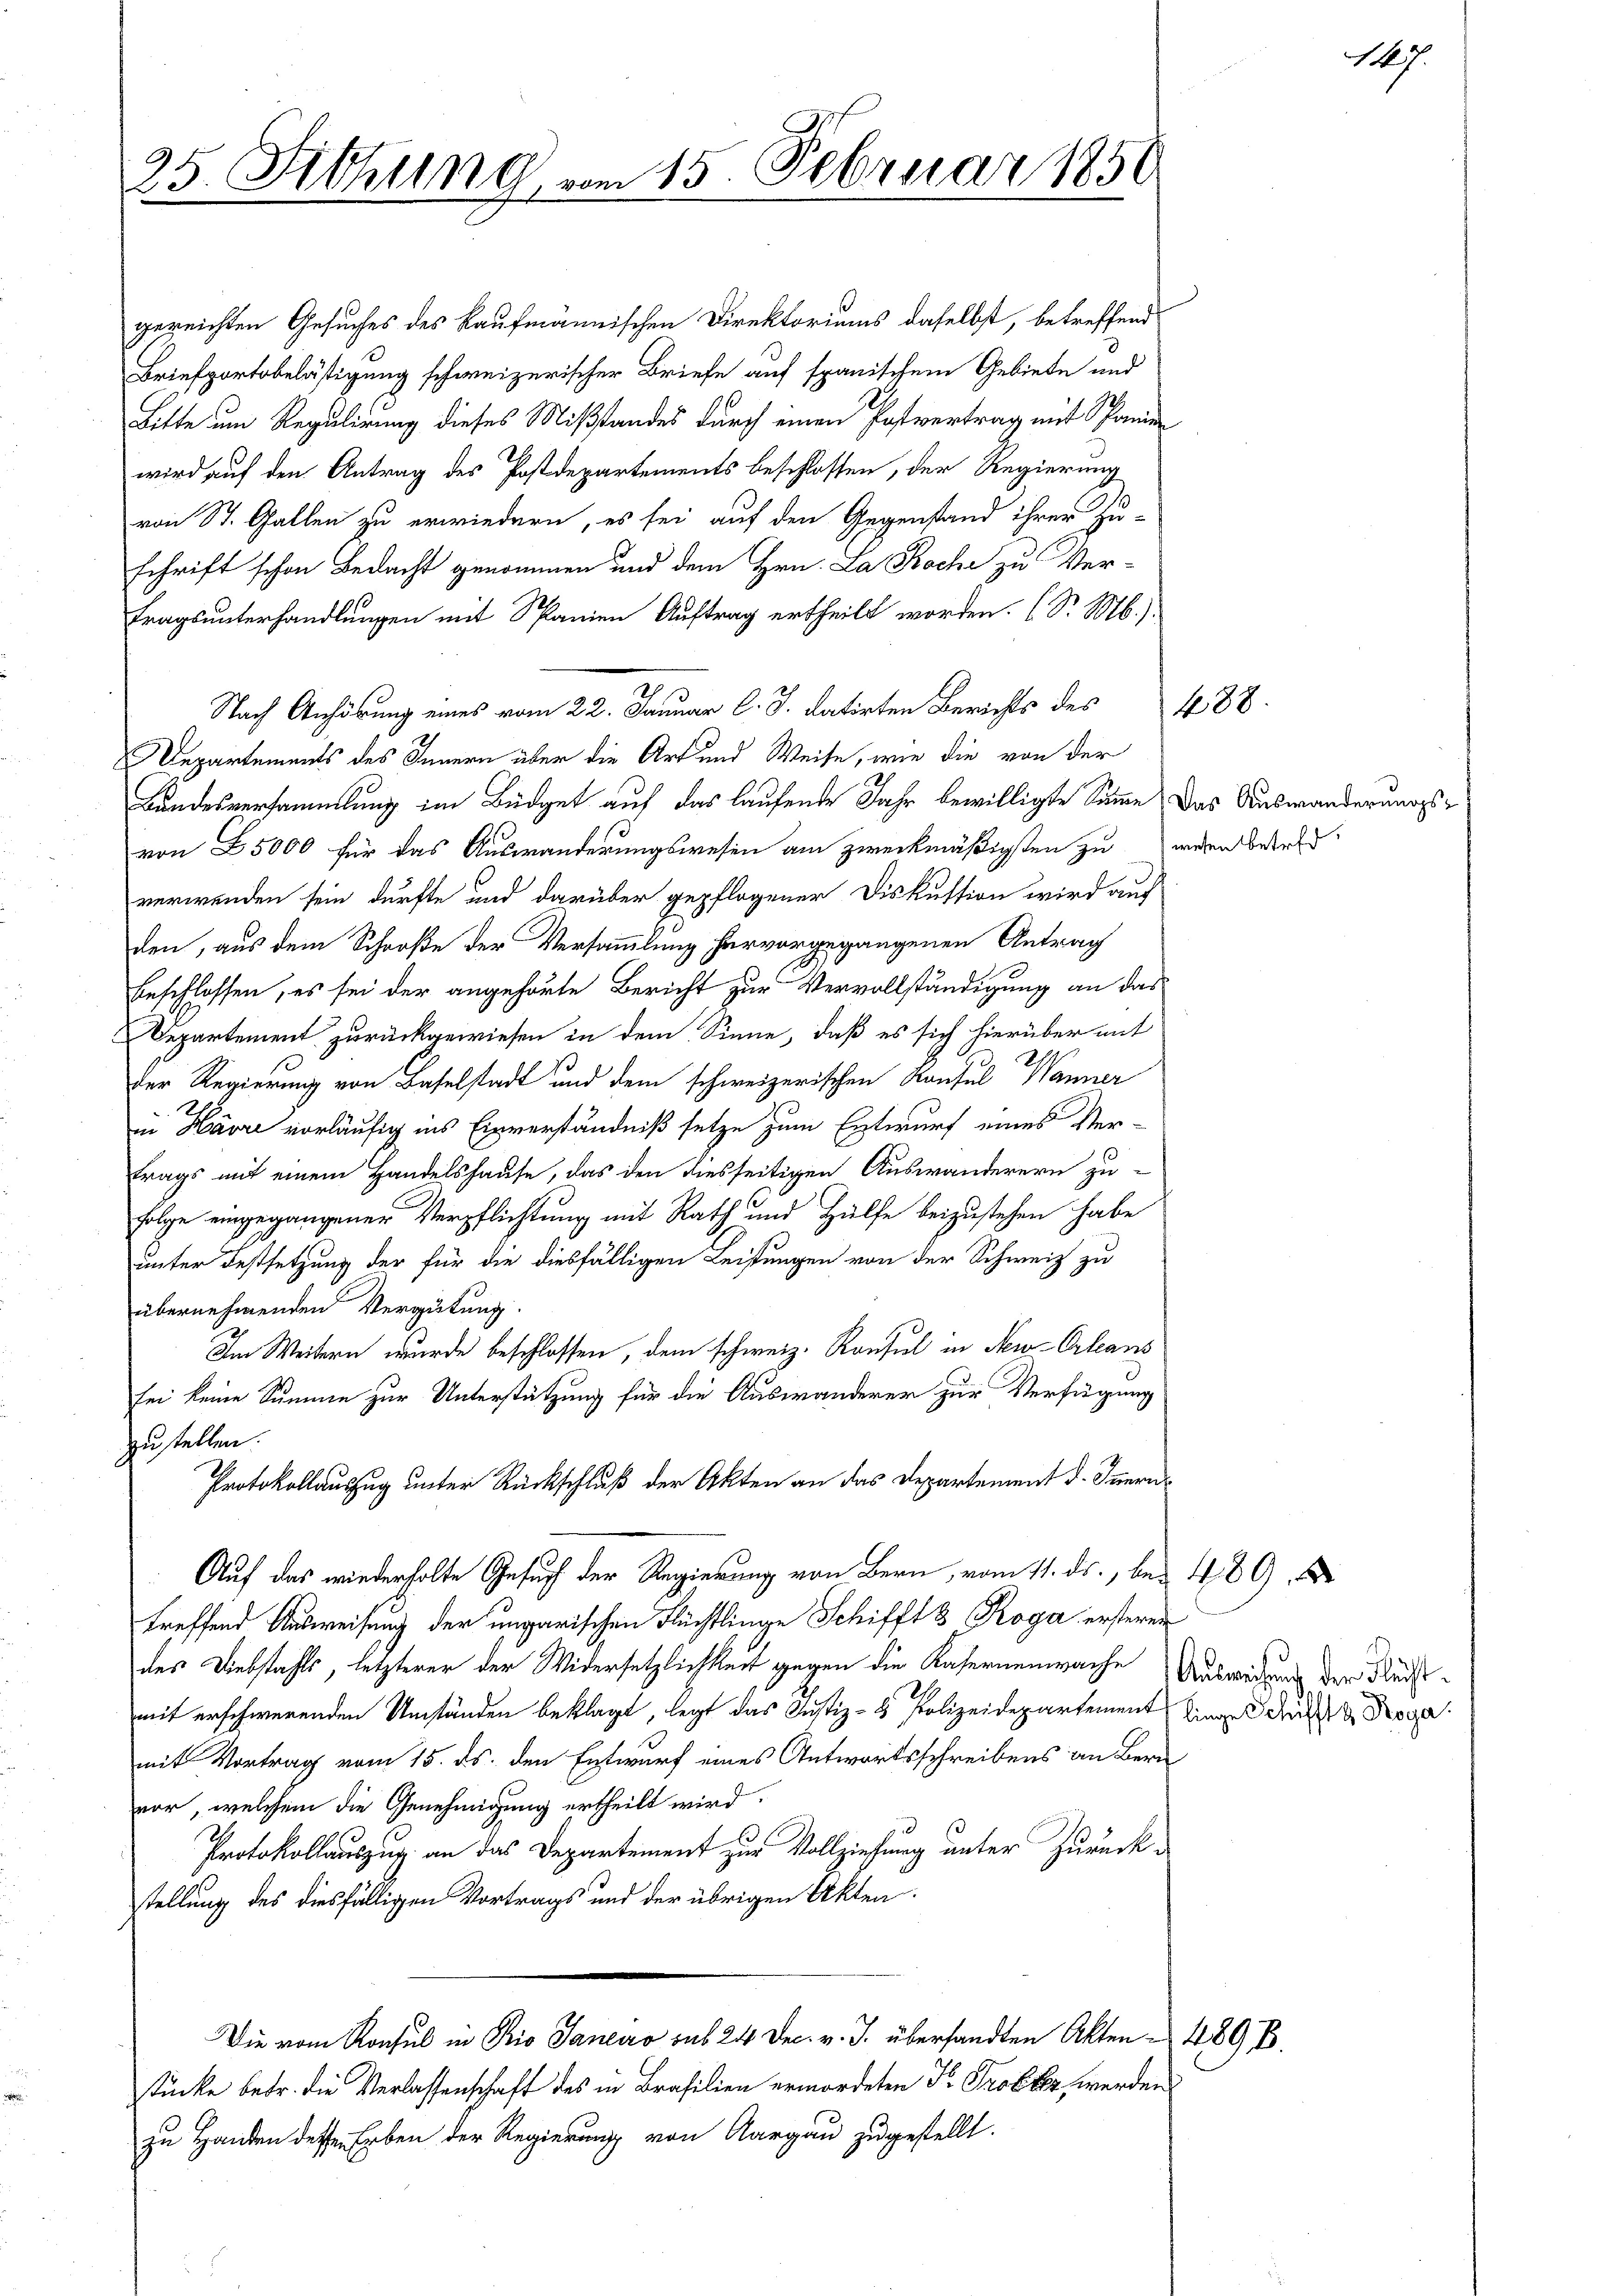
25. Sitzung

gereichten Gesuches des kaufmännischen Direktoriums daselbst, betreffend
Briefportobelästigung schweizerischer Briefe auf spanischen Gebiete und
Bitte um Regulirung dieses Mißstandes durch einen Postvertrag mit Schanien
wird auf den Antrag des Postdepartements beschlossen, der Regierung
von St. Gallen zu erwiedern, es sei auf den Gegenstand ihrer Zu-
schrift schon Bedacht genommen und dem Hrn. La Roche zu Ver-
tragsunterhandlungen mit Spanien Auftrag ertheilt worden. (S. M.)
Nach Anhörung eines vom 22. Januar l. J. datirten Berichts des
Departements des Innern über die Art und Weise, wie die von der
Bundesversammlung im Büdget auf das laufende Jahr bewilligte Summe das Auswanderungs
von 25000 für das Auswanderungswesen am zweckmäßigsten zu weren bestelverwenden sein dürfte und darüber gepflogener Diskution wird auf
den, aus dem Schooße der Versammlung hervorgegangenen Antrag
beschlossen, es sei der angehörte Bericht zur Vervollständigung an das
Departement zurückgewiesen in dem Sinne, daß es sich hierüber mit
Der Regierung von Baselstadt und dem schweizerischen Konsul Wanner
D
in Havre vorläufig ins Einverständniß setze zum Entwurf eines Vertrags mit einem Handelshause, das den diesseitigen Auswanderern zu-
folge eingegangener Verpflichtung mit Rath und Hülfe beizustehen habe
unter Festsetzung der für die diesfälligen Leistungen von der Schweiz zu
übernehmenden Vergütung.
Im Weitern wurde beschlossen, dem schweiz. Konsul in Neu-Orleans
sei keine Summe zur Unterstützung für die Auswanderer zur Verfügung
zustellen.
Protokollauszug unter Rückschluß der Akten an das Departement d. Innern
Auf das wiederholte Gesuch der Regierung von Bern, vom 11. ds., bei 189
treffend Ausweisung der ungarischen Flüchtlinge Schifft 3 Roga ersteren
des Diebstahls, letzterer der Widersetzlichkeit gegen die Kasernenwache Auswedung der Fleistmit erschwerenden Umständen beklagt, legt das Justiz- & Polizeidepartement eingel der Roga
mit Vortrag vom 15. ds. den Entwurf eines Antwortsschreibens an Bern
vor, welchem die Genehmigung ertheilt wird.
Protokollauszug an das Departement zur Vollziehung unter Zurück-
stellung des diesfälligen Vortrags und der übrigen Akten.
Die vom Konsul in Rio Janeiro sub 24 Dec. v. J. übersandten Akten - 189 B.
stücke betr. die Verlassenschaft des in Brasilien ermordeten Dr. Probler werden
zu Handen dessen Erben der Regierung von Aargau zugestellt.

115. Februar 1851

488.